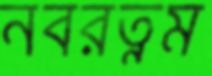
নবরত্নম